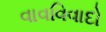
વાવવિવાદો